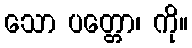
သော ပတ္တော၊ ကို။